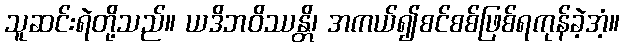
သူဆင်းရဲတို့သည်။ ယဒိဘဝိဿန္တိ၊ အကယ်၍စင်စစ်ဖြစ်ရကုန်ခဲ့အံ့။